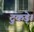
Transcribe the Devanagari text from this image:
टुकड़े।